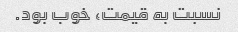
نسبت به قیمت، خوب بود.